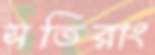
সতিরাং